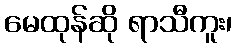
မေထုန်ဆို ရာသီကူး၊